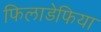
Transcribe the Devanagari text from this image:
फिलाडेफिया